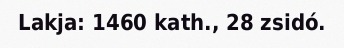
Lakja: 1460 kath., 28 zsidó.